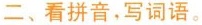
二、看拼音，写词语。